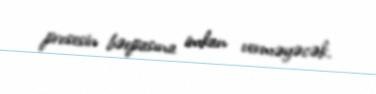
prosesin bərpasına imkan verməyəcək.